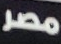
مصر